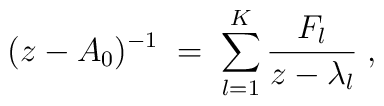
(z-A_0)^{-1} \;=\; \sum_{l=1}^K \frac{F_l}{z-\lambda_l}\;,